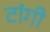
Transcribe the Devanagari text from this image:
टांगी